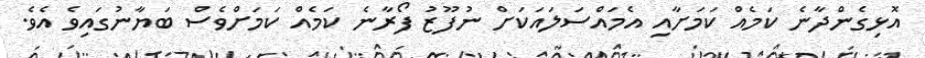
އޮޅިގެންދާނެ ކަމެއް ކަމަށާއި އެމައްސަލައަކަށް ނުފޫޒު ފޯރާނެ ކަމެއް ކަމަށްވެސް ބަޔާނުގައިވެ އެވެ.